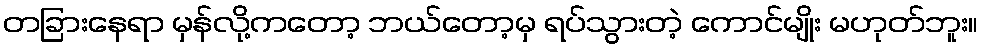
တခြားနေရာ မှန်လို့ကတော့ ဘယ်တော့မှ ရပ်သွားတဲ့ ကောင်မျိုး မဟုတ်ဘူး။